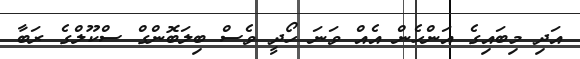
އަދި މިބައިގެ އަންހެން އެއް ވަނަ ހޯދީ ވެސް ބިލަބޮންގް ސްކޫލްގެ ރަބާ